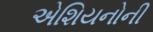
એશિયનોની